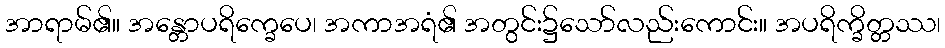
အာရာမ်၏။ အန္တောပရိက္ခေပေ၊ အကာအရံ၏ အတွင်း၌သော်လည်းကောင်း။ အပရိက္ခိတ္တဿ၊